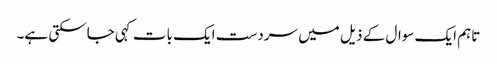
تاہم ایک سوال کے ذیل میں سردست ایک بات کہی جاسکتی ہے۔